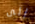
إلى